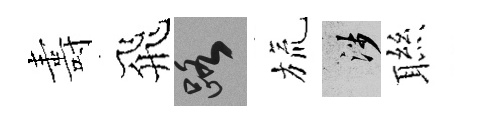
夀飛路旒涉聮